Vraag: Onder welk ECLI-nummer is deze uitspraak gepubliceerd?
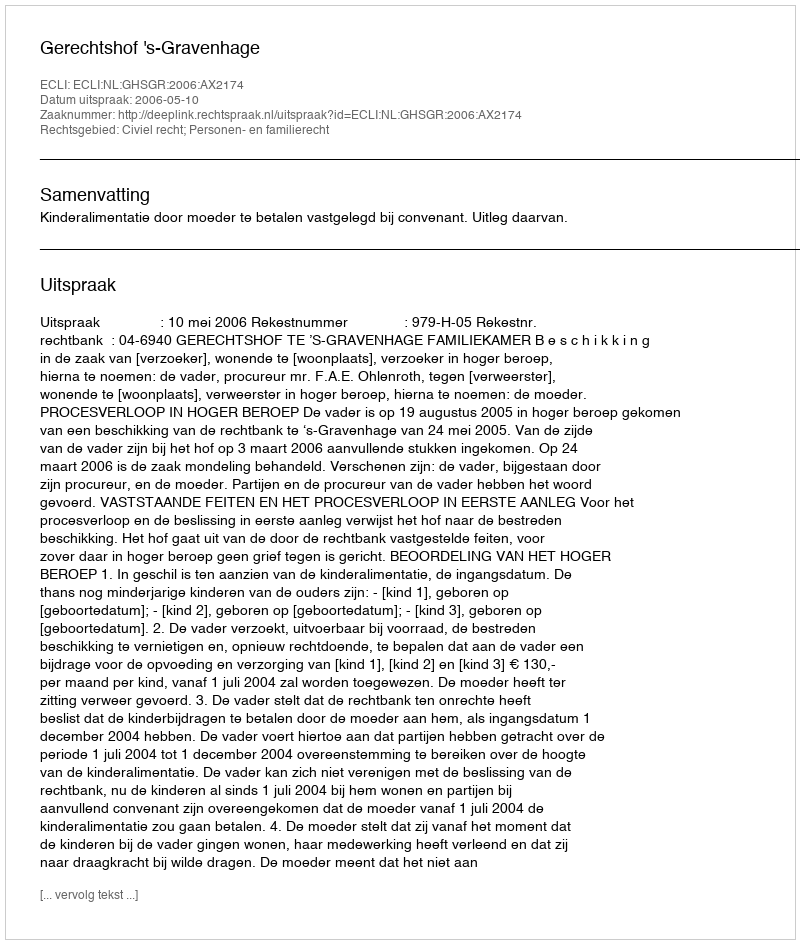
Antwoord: ECLI:NL:GHSGR:2006:AX2174